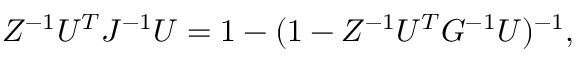
Z ^ { - 1 } U ^ { T } J ^ { - 1 } U = 1 - ( 1 - Z ^ { - 1 } U ^ { T } G ^ { - 1 } U ) ^ { - 1 } ,